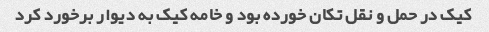
کیک در حمل و نقل تکان خورده بود و خامه کیک به دیوار برخورد کرد